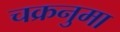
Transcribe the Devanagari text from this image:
चक्रनुमा